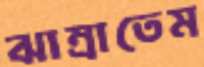
ঝাম্‌রাতেম